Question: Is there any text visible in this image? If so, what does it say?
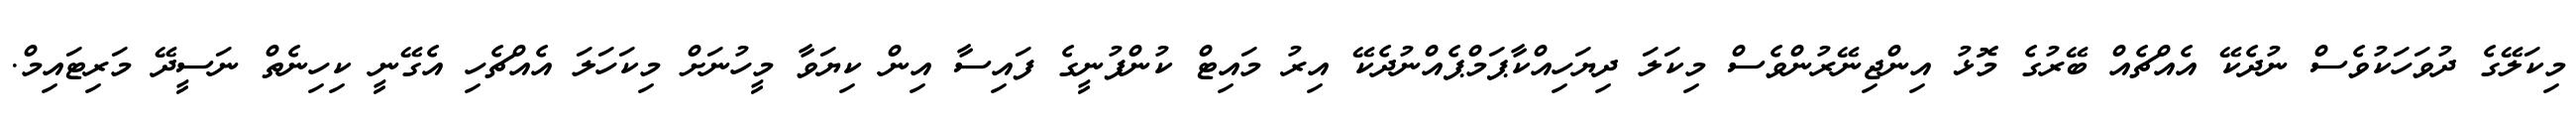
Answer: މިކަލޭގެ ދުވަހަކުވެސް ނުދެކޭ އެއްޗެއް ބޭރުގެ މޮޅު އިންޖިނޭރުންވެސް މިކަލަ ދިޔަހިއްކާޕަމްޕެއްނުދެކޭ އިރު މައިޓް ކުންފުނީގެ ފައިސާ އިން ކިޔަވާ މީހުނަށް މިކަހަލަ އެއްޗެހި އެގޭނީ ކިހިނެތް ނަސީދޭ މަރިޓައިމް.